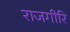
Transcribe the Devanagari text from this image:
राजगीरि